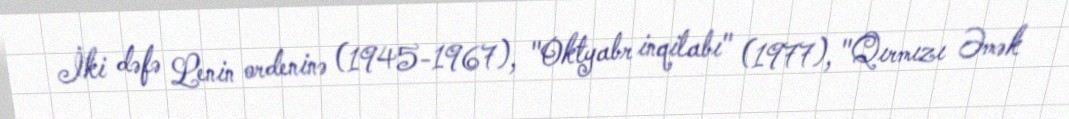
İki dəfə Lenin ordeninə (1945-1967), "Oktyabr inqilabı" (1977), "Qırmızı Əmək